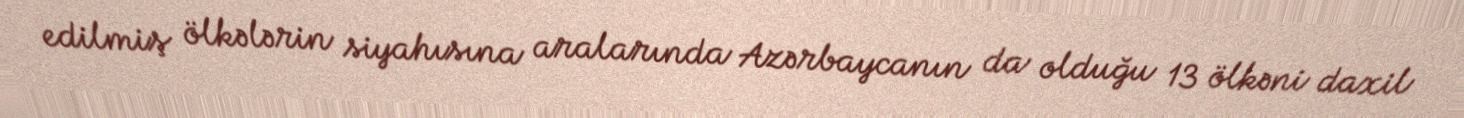
edilmiş ölkələrin siyahısına aralarında Azərbaycanın da olduğu 13 ölkəni daxil